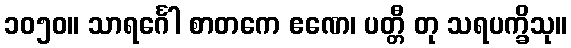
၁၀၅၀။ သာရင်္ဂေါ စာတကေ ဧဏေ၊ ပတ္တီ တု သရပက္ခိသု။